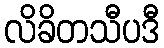
လိခိတသီပဒီ